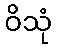
ဝိသုံ